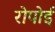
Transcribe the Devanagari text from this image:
रोपोई